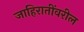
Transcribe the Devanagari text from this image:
जाहिरातींवरील